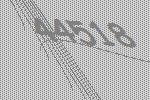
44518